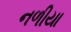
નળીયા